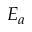
E _ { a }